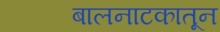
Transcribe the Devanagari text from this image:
बालनाटकातून